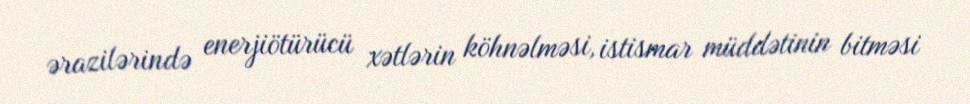
ərazilərində enerjiötürücü xətlərin köhnəlməsi, istismar müddətinin bitməsi